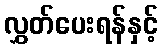
လွှတ်ပေးရန်နှင့်